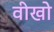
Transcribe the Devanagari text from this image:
वीखो